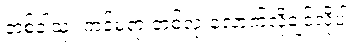
တစ်ခါသုံး ကင်မရာ တစ်လုံးလောက်လိုချင်လို့ပါ။